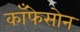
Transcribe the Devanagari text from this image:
काँफेसोन